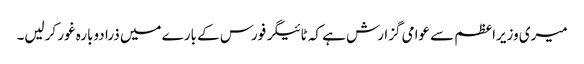
میری وزیراعظم سے عوامی گزارش ہے کہ ٹائیگر فورس کے بارے میں ذرا دوبارہ غور کرلیں۔